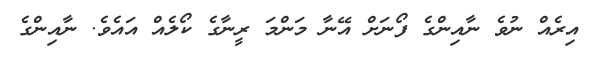
އިރެއް ނުވެ ނާއިންގެ ފޯނަށް އޭނާ މަންމަ ރީނާގެ ކޯލެއް އައެވެ. ނާއިންގެ